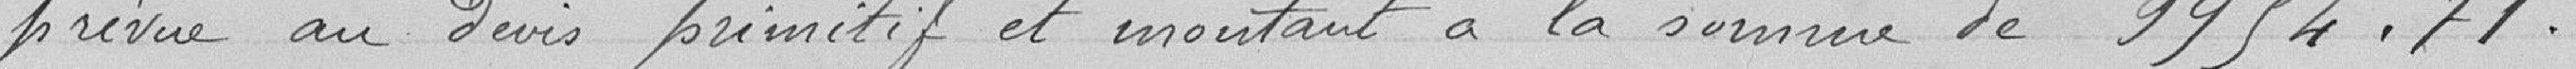
prévue au devis primitif et montant la somme de 9994.7 francs.